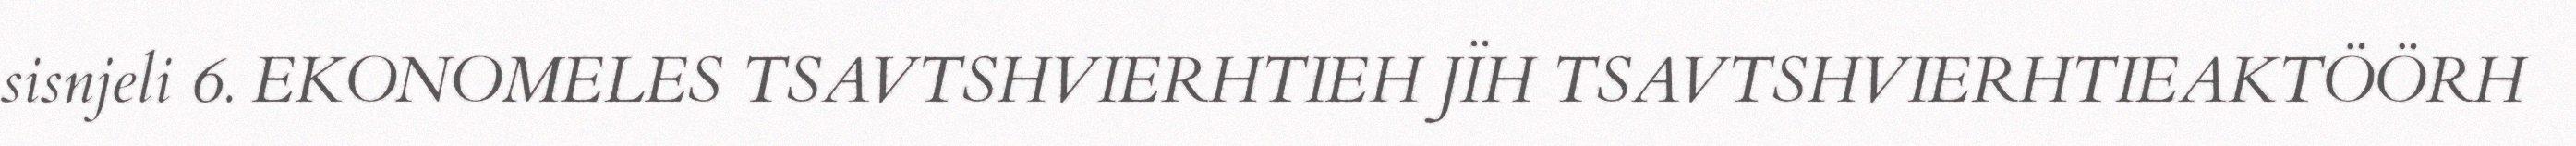
sisnjeli 6. EKONOMELES TSAVTSHVIERHTIEH JÏH TSAVTSHVIERHTIEAKTÖÖRH